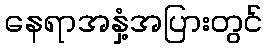
နေရာအနှံ့အပြားတွင်